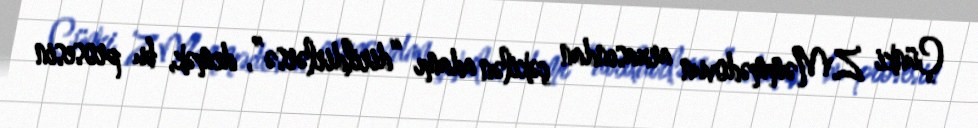
Çünki Z.Məmmədovun arxasından çəkilən adamı “dirildirlərsə”, demək, bu prosesin